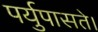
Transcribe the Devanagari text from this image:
पर्युपासते।